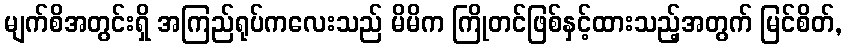
မျက်စိအတွင်းရှိ အကြည်ရုပ်ကလေးသည် မိမိက ကြိုတင်ဖြစ်နှင့်ထားသည့်အတွက် မြင်စိတ်,